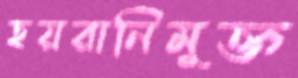
হয়রানিমুক্ত